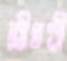
শ্রীখণ্ডী